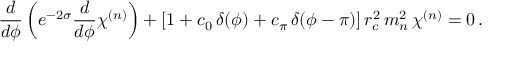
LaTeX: \frac { d } { d \phi } \left( e ^ { - 2 \sigma } \frac { d } { d \phi } \chi ^ { ( n ) } \right) + [ 1 + c _ { 0 } \, \delta ( \phi ) + c _ { \pi } \, \delta ( \phi - \pi ) ] \, r _ { c } ^ { 2 } \, m _ { n } ^ { 2 } \, \chi ^ { ( n ) } = 0 \, .